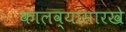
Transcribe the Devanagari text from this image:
कालव्यासारखे